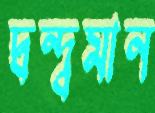
দ্বন্দ্বমান